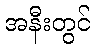
အနီးတွင်